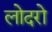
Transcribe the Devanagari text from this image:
लोदरो